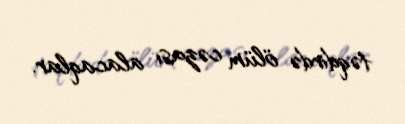
təqdirdə ölüm cəzası alacaqlar.